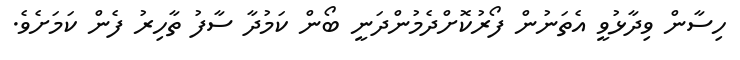
ހިސާން ވިދާޅުވީ އެތަނުން ފޯރުކޮށްދެމުންދަނީ ބޯން ކަމުދާ ސާފު ތާހިރު ފެން ކަމަށެވެ.